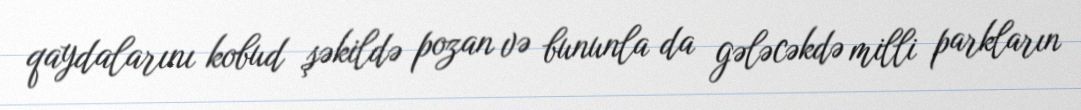
qaydalarını kobud şəkildə pozan və bununla da gələcəkdə milli parkların